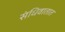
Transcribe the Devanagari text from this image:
संधिवातात